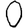
Digit: 0